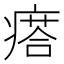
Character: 瘩